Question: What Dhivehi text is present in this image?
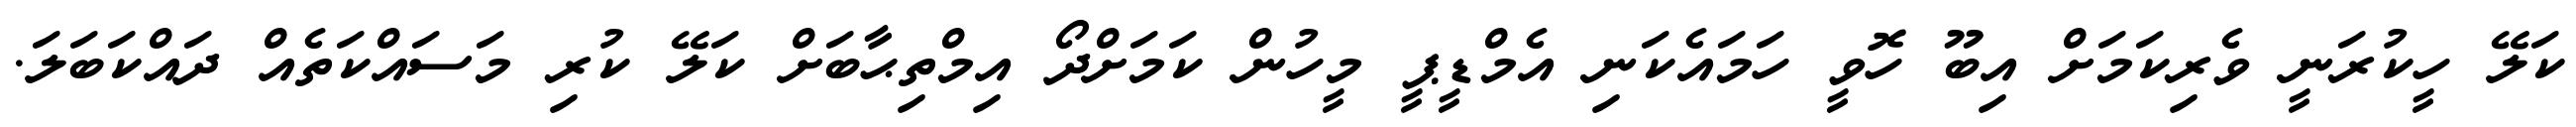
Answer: ކަލޭ ހީކުރަނީ ވެރިކަމަށް އިބޫ ހޮވީ ހަމައެކަނި އެމްޑީޕީ މީހުން ކަމަށްދޯ އިމްތިޙާބަށް ކަލޭ ކުރި މަސައްކަތެއް ދައްކަބަލަ.